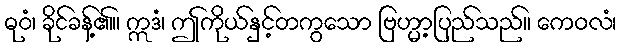
ဓုဝံ၊ ခိုင်ခန့်၏။ ဣဒံ၊ ဤကိုယ်နှင့်တကွသော ဗြဟ္မာ့ပြည်သည်။ ကေဝလံ၊